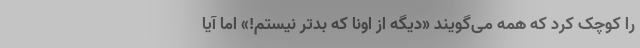
را کوچک کرد که همه می‌گویند «دیگه از اونا که بدتر نیستم!» اما آیا